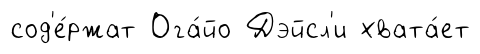
сод'е́ржат Ога́йо Дэйсл'и хвата́ет